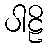
ပါဠိ